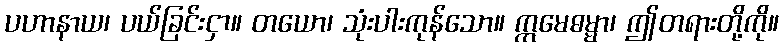
ပဟာနာယ၊ ပယ်ခြင်းငှာ။ တယော၊ သုံးပါးကုန်သော။ ဣမေဓမ္မာ၊ ဤတရားတို့ကို။